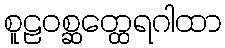
စူဠဝစ္ဆတ္ထေရဂါထာ